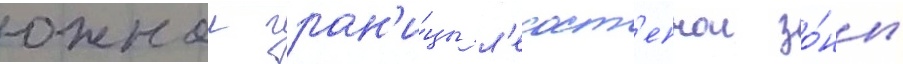
южнои гран'и́цы л'есост'епнои зо́ны